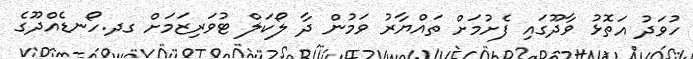
ހުވަދު އަތޮޅު ވާދޫގައި ފެށުމަށް ތައްޔާރު ވަމުން ދާ ލޯކަލް ޓުވަރިޒަމަށް ގދ.ހޯނޑެއްދޫގެ